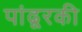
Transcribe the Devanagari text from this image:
पांढूरकी